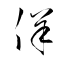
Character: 佯